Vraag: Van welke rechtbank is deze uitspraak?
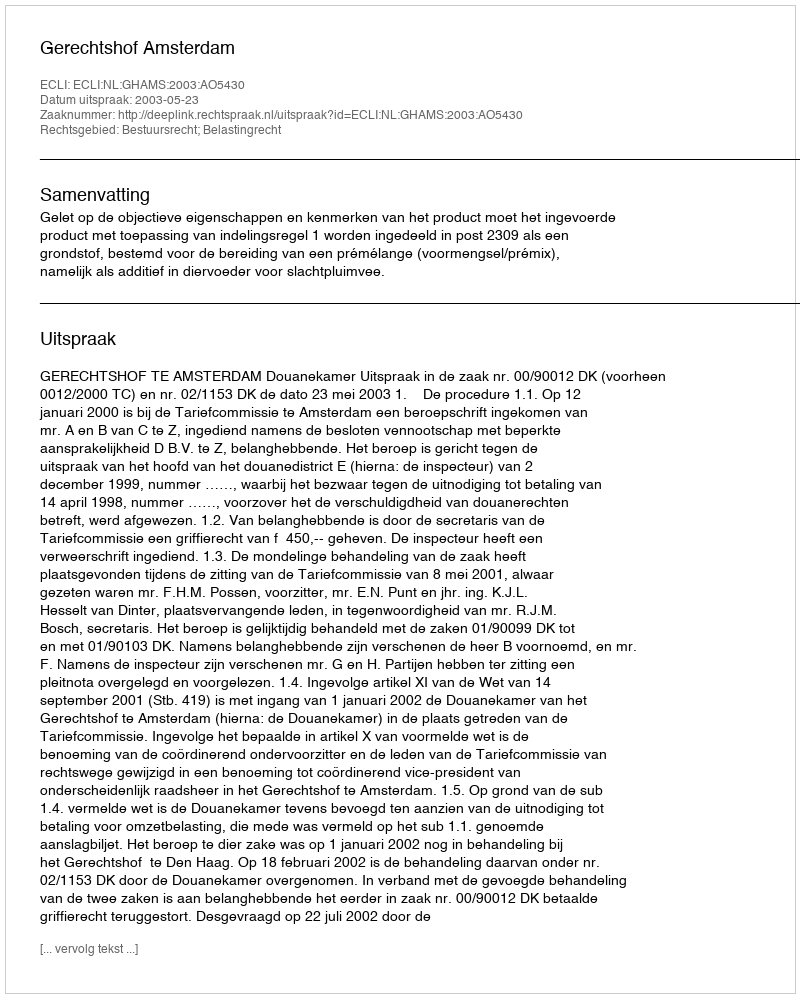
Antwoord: Gerechtshof Amsterdam